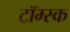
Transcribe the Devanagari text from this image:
टॉम्स्क